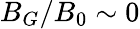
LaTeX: B_{G}/B_{0}\sim 0